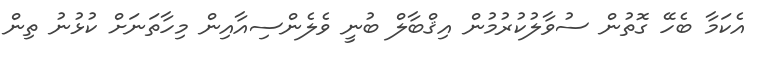
އެކަމާ ބެހޭ ގޮތުން ސުވާލުކުރުމުން އިޤްބާލް ބުނީ ވެލެންސިއާއިން މިހާތަނަށް ކުޅުނު ތިން